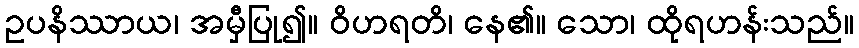
ဥပနိဿာယ၊ အမှီပြု၍။ ဝိဟရတိ၊ နေ၏။ သော၊ ထိုရဟန်းသည်။